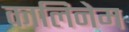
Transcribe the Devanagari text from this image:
कालिनेम